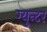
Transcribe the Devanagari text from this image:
ग्युन्टर